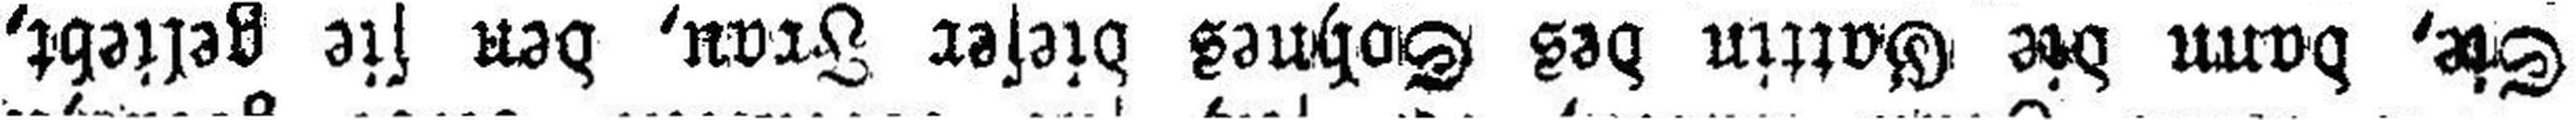
Sie, dann die Gattin des Sohnes dieser Frau, den sie geliebt,